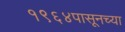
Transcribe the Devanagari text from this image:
१९६४पासूनच्या